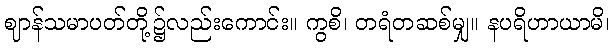
ဈာန်သမာပတ်တို့၌လည်းကောင်း။ ကွစိ၊ တရံတဆစ်မျှ။ နပရိဟာယာမိ၊